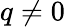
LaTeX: q\neq 0